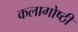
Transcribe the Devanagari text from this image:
कलागोष्ठी